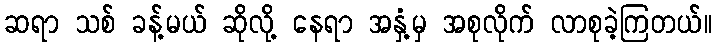
ဆရာ သစ် ခန့်မယ် ဆိုလို့ နေရာ အနှံ့မှ အစုလိုက် လာစုခဲ့ကြတယ်။